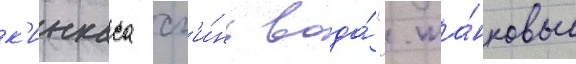
к'инкаса сг'и́нь вода́". та́нковые